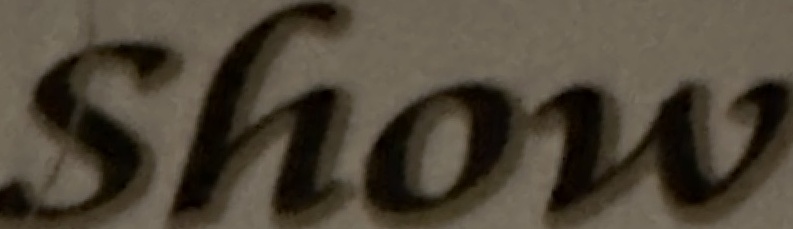
Show